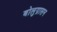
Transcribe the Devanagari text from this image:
बोलुग्रासन